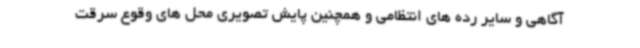
آگاهی و سایر رده های انتظامی و همچنین پایش تصویری محل های وقوع سرقت